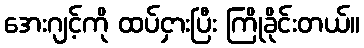
အေးဂျင့်ကို ထပ်ငှားပြီး ကြိုခိုင်းတယ်။